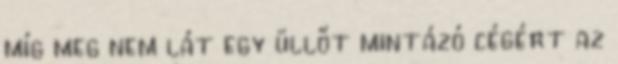
míg meg nem lát egy üllőt mintázó cégért az